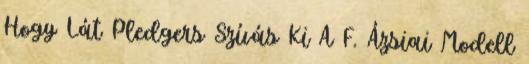
Hogy Lát Pledgers Szívás Ki A F. Ázsiai Modell